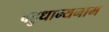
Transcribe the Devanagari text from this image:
बहुधान्यनाम